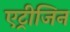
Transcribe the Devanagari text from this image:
एट्रीजिन